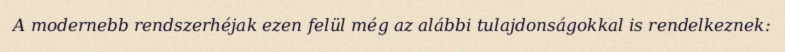
A modernebb rendszerhéjak ezen felül még az alábbi tulajdonságokkal is rendelkeznek: